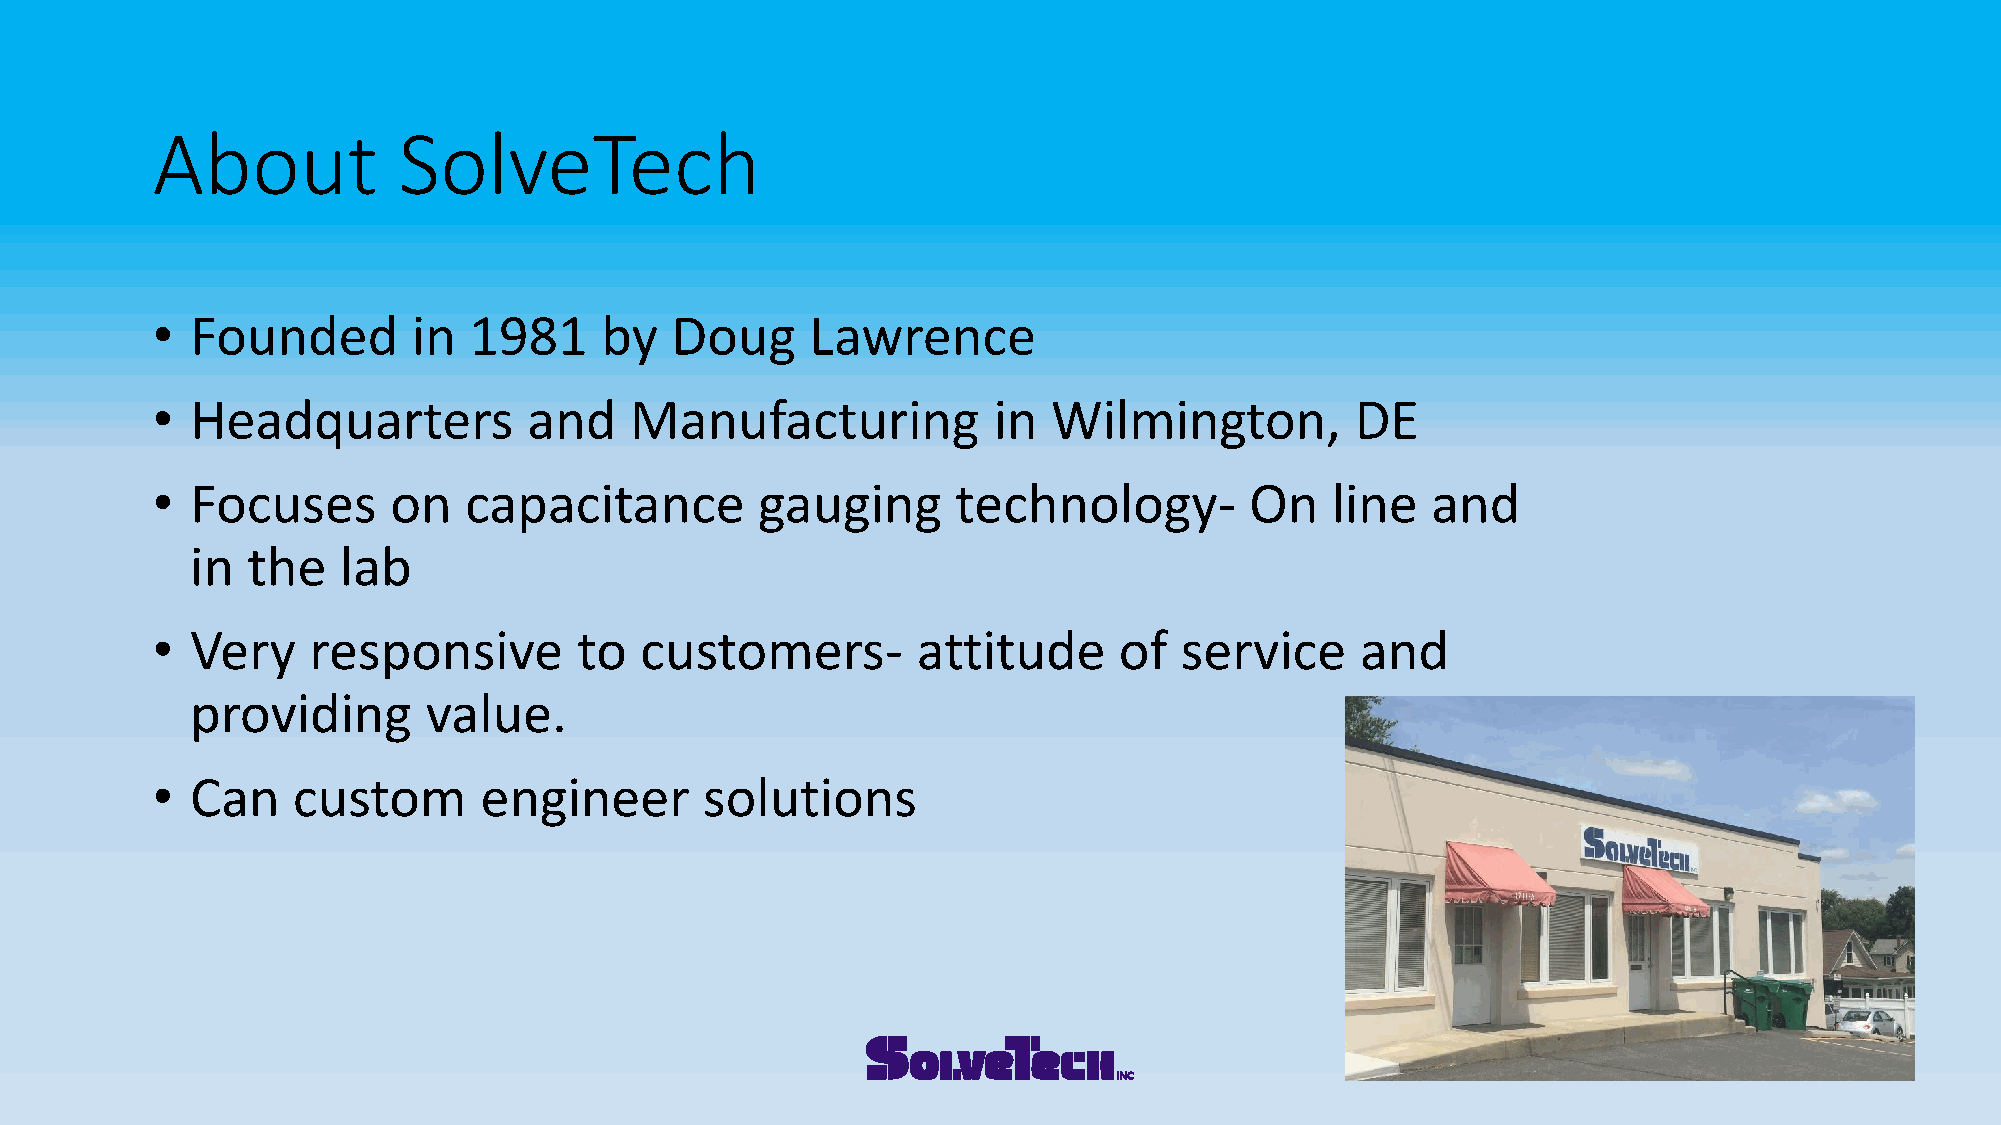
About           SolveTech
 •  Founded       in  1981     by  Doug      Lawrence
 •  Headquarters          and    Manufacturing           in  Wilmington,         DE
 •  Focuses      on   capacitance        gauging      technology-         On   line   and
 in the   lab
 •  Very   responsive        to  customers-         attitude     of  service     and
 providing      value.
 •  Can   custom       engineer       solutions